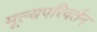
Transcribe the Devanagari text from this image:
मूल्यपरिवर्तन